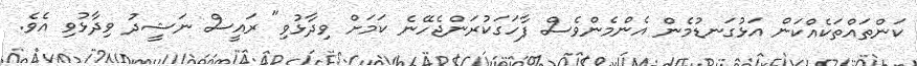
ކަންތައްތަކެއްކަން އަޅުގަނޑުމެން އެންމެންވެސް ފާހަގަކުރަންޖެހޭނެ ކަމަށް ވިދާޅުވި" ރައީސް ނަޝީދު ވިދާޅުވި އެވެ.